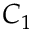
C _ { 1 }